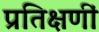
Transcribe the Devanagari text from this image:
प्रतिक्षणीं